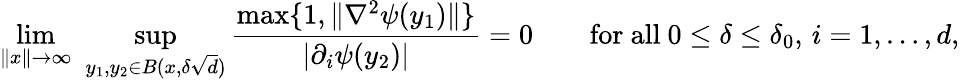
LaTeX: \operatorname*{lim}_{\lVert x\rVert\to\infty}\, \, \operatorname*{sup}_{y_{1},y_{2}\in B(x,\delta\sqrt{d})}\frac{\operatorname*{max}\{ 1,\lVert\nabla^{2}\psi(y_{1})\rVert\} }{\lvert\partial_{i}\psi(y_{2})\rvert}=0\qquad\mathrm{for~all~}0\leq\delta\leq\delta_{0},\, i=1,\dots,d,